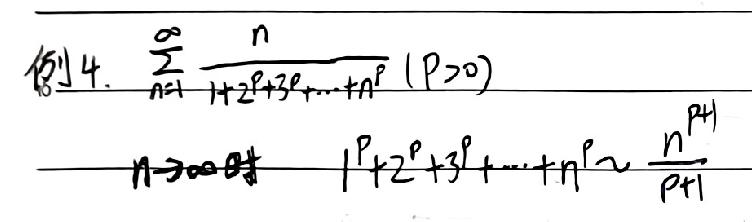
例4. \(\sum_{n = 1}^{\infty}\frac{n}{1 + 2^{p}+3^{p}+\cdots + n^{p}}(p>0)\)
\(n\rightarrow\infty\)时 \(1^{p}+2^{p}+3^{p}+\cdots + n^{p}\sim\frac{n^{p + 1}}{p + 1}\)